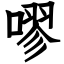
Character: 嘐